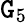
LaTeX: \mathtt{G}_{5}